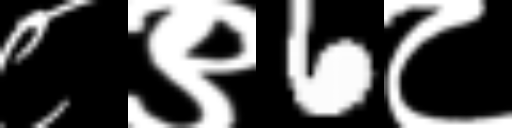
Text: ८९6८